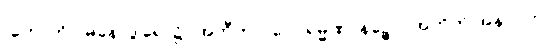
(ဟောတိ၊) မနောဒွါရေ၊ ၌။ အတီတာ၊ ပေ။ ရမ္မဏာနဉ္စေဝ၊ အတိတ် အနာဂတ်